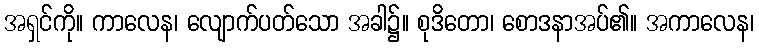
အရှင်ကို။ ကာလေန၊ လျောက်ပတ်သော အခါ၌။ စုဒိတော၊ စောဒနာအပ်၏။ အကာလေန၊